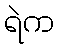
ရဲက